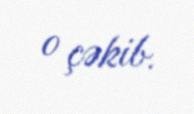
o çəkib.